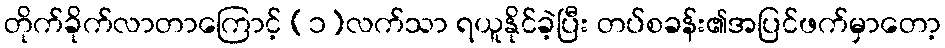
တိုက်ခိုက်လာတာကြောင့် (၁)လက်သာ ရယူနိုင်ခဲ့ပြီး တပ်စခန်း၏အပြင်ဖက်မှာတော့